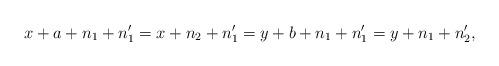
LaTeX: \begin{align*}x+a+n_1+n_1'=x+n_2+n_1'=y+b+n_1+n_1'=y+n_1+n_2',\end{align*}